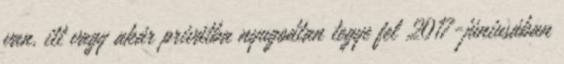
van, itt vagy akár privátba nyugodtan tegye fel 2017-júniusában